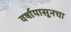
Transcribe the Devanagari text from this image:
वर्षापासूनचा